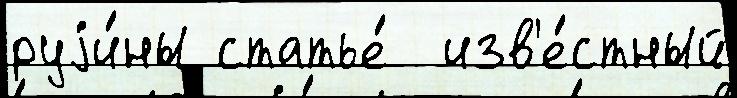
руjи́ны статье́  изв'е́стный